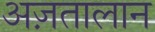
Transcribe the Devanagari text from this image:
अज़तालान